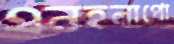
এনহলাপো